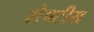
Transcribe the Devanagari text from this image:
शेपटीस